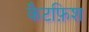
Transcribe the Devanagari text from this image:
कैटफ़िश